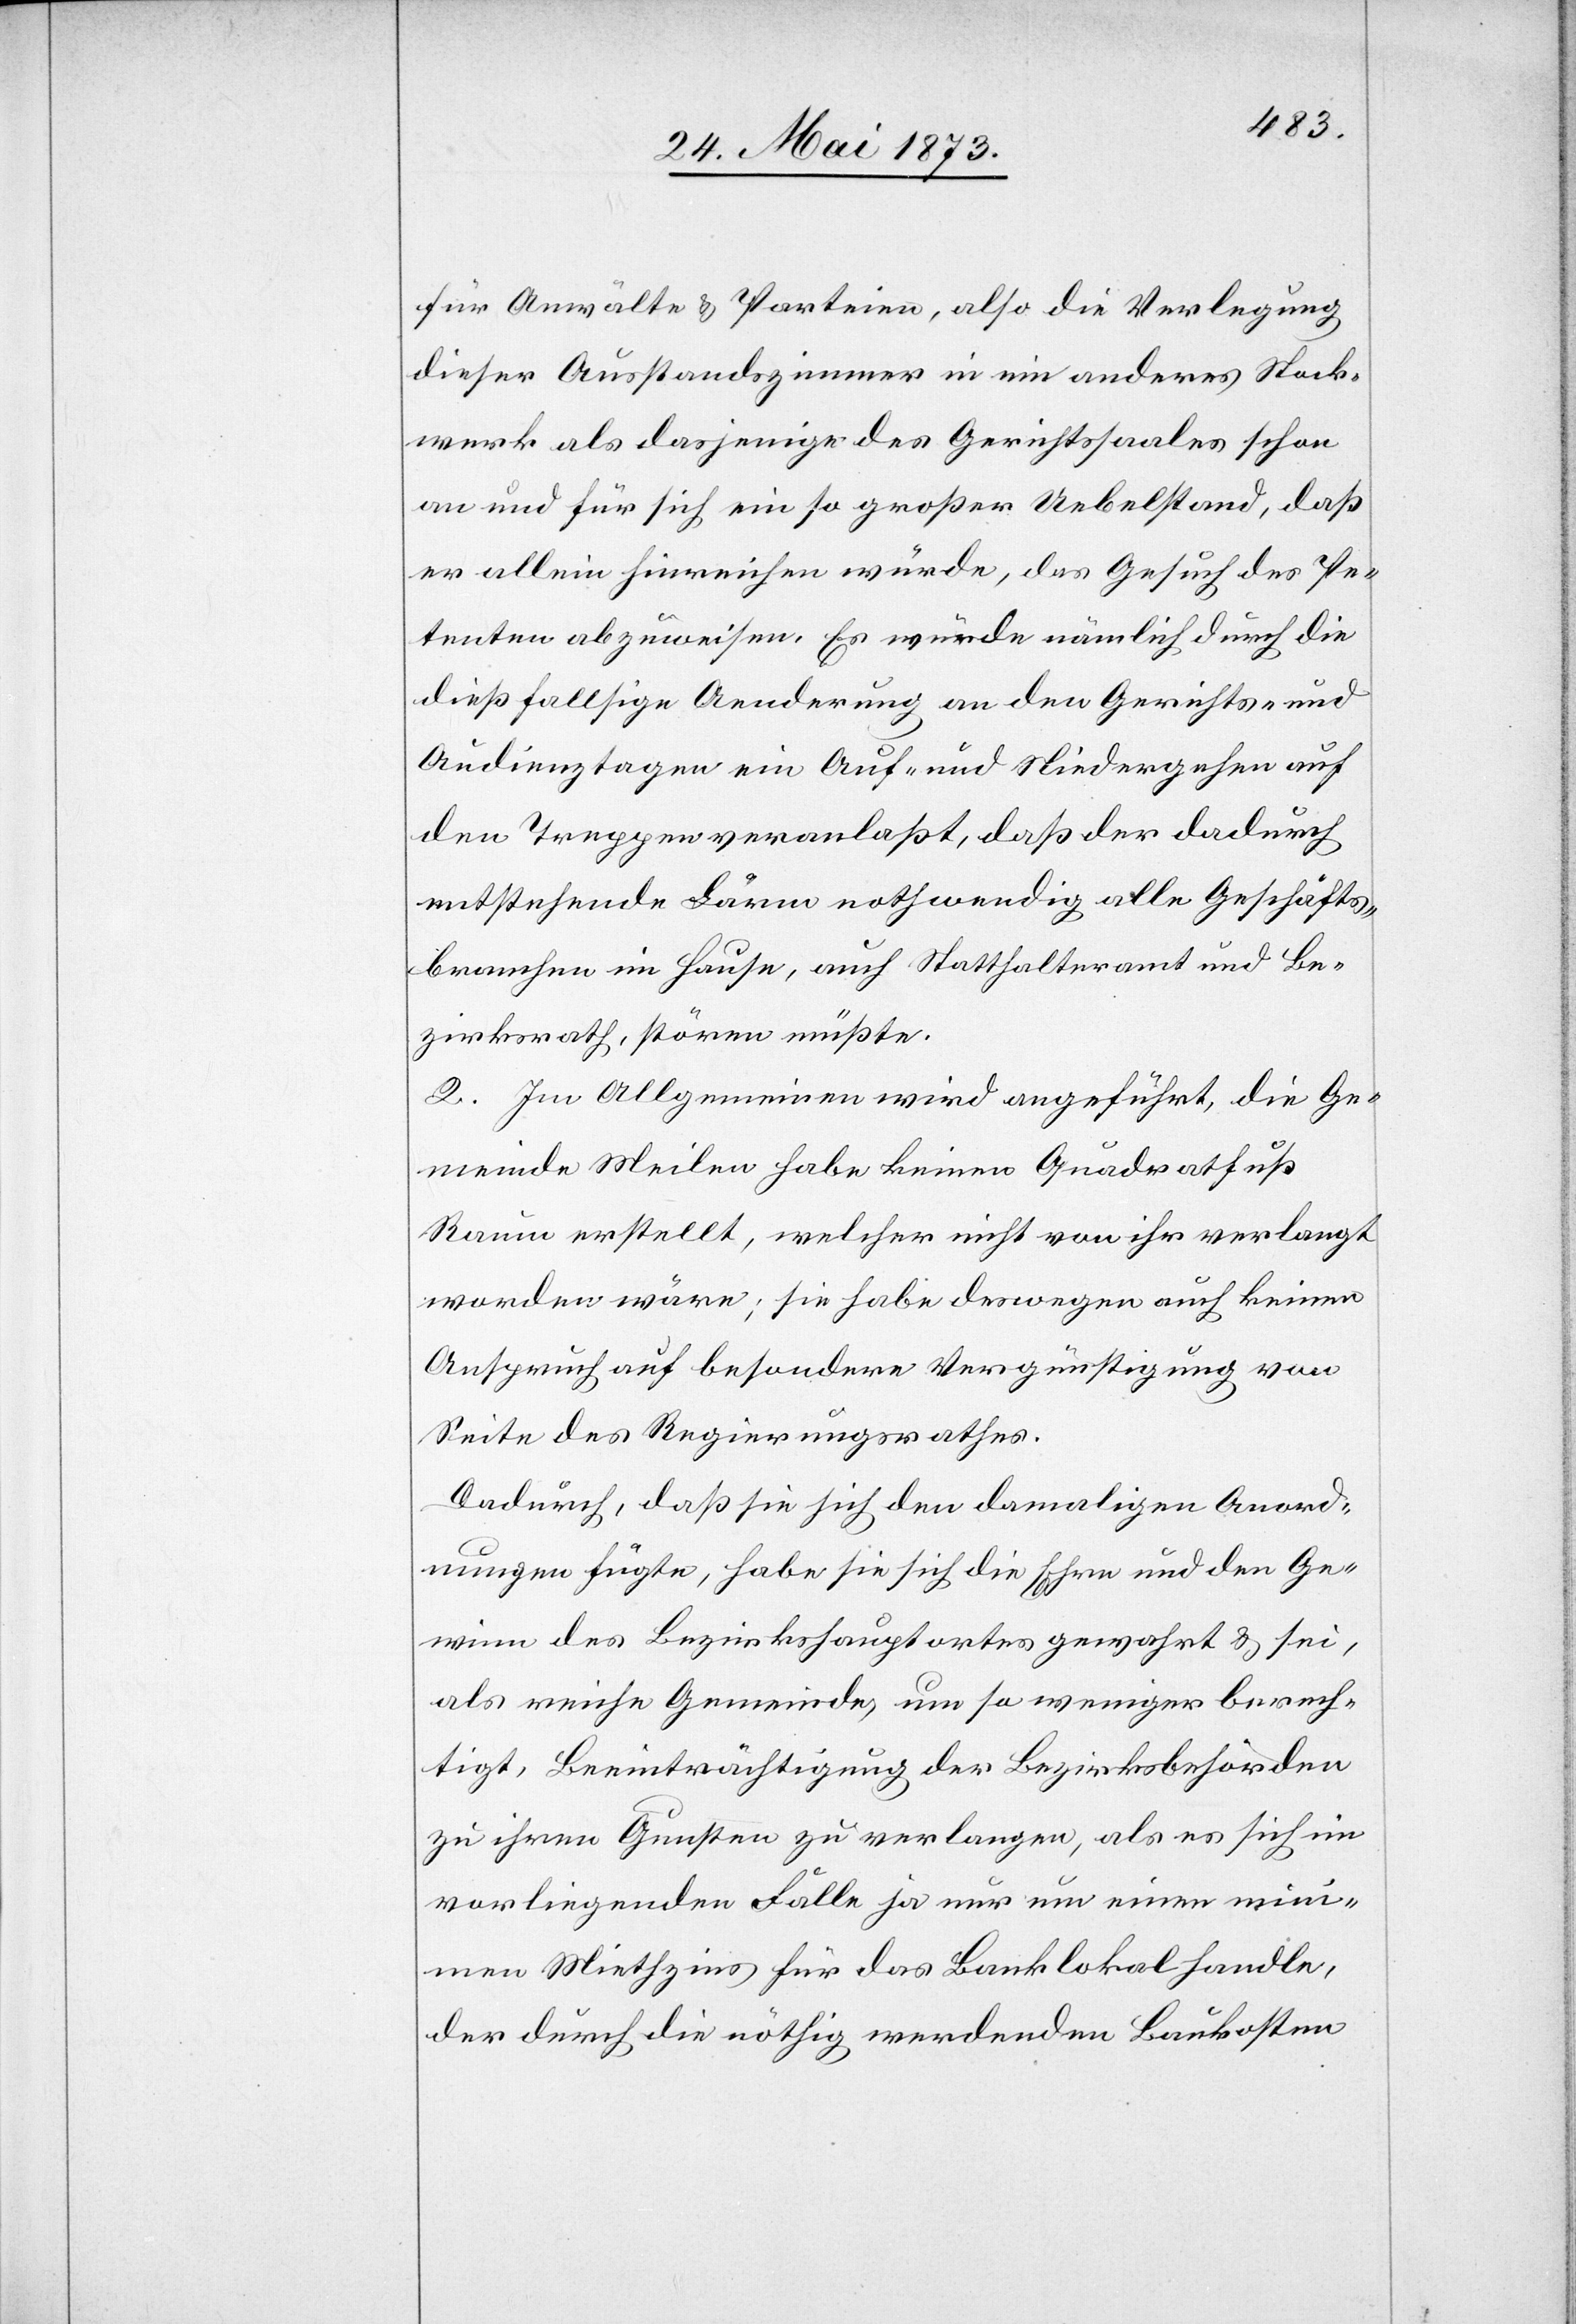
für Anwälte & Parteien, also die Verlegung
dieser Ausstandszimmer in ein anderes Stock¬
werk als dasjenige des Gerichtssaales schon
an und für sich ein so großer Uebelstand, daß
er allein hinreichen würde, das Gesuch des Pe¬
tenten abzuweisen. Es würde nämlich durch die
diesfallsige Aenderung an den Gerichts- und
Audienztagen ein Auf- und Niedergehen auf
den Treppen veranlaßt, daß der dadurch
entstehende Lärm nothwendig alle Geschäfts¬
branchen im Hause, auch Statthalteramt und Be¬
zirksrath, stören müßte.
2. Im Allgemeinen wird angeführt, die Ge¬
meinde Meilen habe keinen Quadratfuß
Raum erstellt, welcher nicht von ihr verlangt
worden wäre; sie habe deswegen auch keinen
Anspruch auf besondere Vergünstigung von
Seite des Regierungsrathes.
Dadurch, daß sie sich den damaligen Anord¬
nungen fügte, habe sie sich die Ehre und den Ge¬
winn des Bezirkshauptortes gewahrt & sei,
als reiche Gemeinde, um so weniger berech¬
tigt, Beeinträchtigung der Bezirksbehörden
zu ihren Gunsten zu verlangen, als es sich im
vorliegenden Falle ja nur um einen min¬
imen Miethzins für das Banklokal handle,
der durch die nöthig werdenden Baukosten